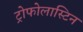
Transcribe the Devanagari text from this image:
ट्रोफोलास्टिन